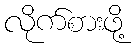
လိုက်စားဖို့